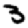
Digit: 3